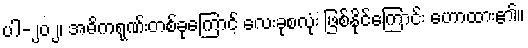
ပါ-၂၀၂၊ အဓိကရုဏ်းတစ်ခုကြောင့် လေးခုစလုံး ဖြစ်နိုင်ကြောင်း ဟောထား၏။